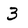
Character: 3